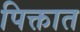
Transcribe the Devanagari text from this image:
पिक्तात